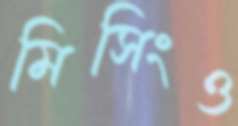
মিসিংও